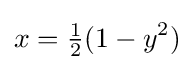
x={\tfrac {1}{2}}(1-y^{2})